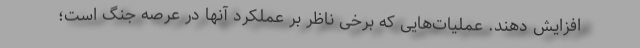
افزایش دهند. عملیات‌هایی که برخی ناظر بر عملکرد آنها در عرصه جنگ است؛